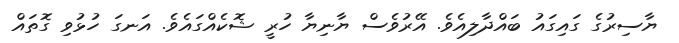
ޔާސިރުގެ ގައިގައު ބައްދާލިއެވެ. އޭރުވެސް ޔާނިޔާ ހުރީ ޝޮކެއްގައެވެ. އަނގަ ހުޅުވި ގޮތައް